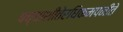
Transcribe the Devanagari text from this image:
पच्चाशीतेरधिकमपनीते